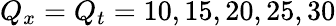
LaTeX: Q_{x}=Q_{t}=10,15,20,25,30